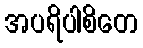
အပရိပါစိတေ